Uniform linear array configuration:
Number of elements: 24
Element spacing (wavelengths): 0.5
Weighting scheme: hann
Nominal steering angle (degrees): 60
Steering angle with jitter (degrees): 59.566
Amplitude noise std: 0.05
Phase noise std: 0.05

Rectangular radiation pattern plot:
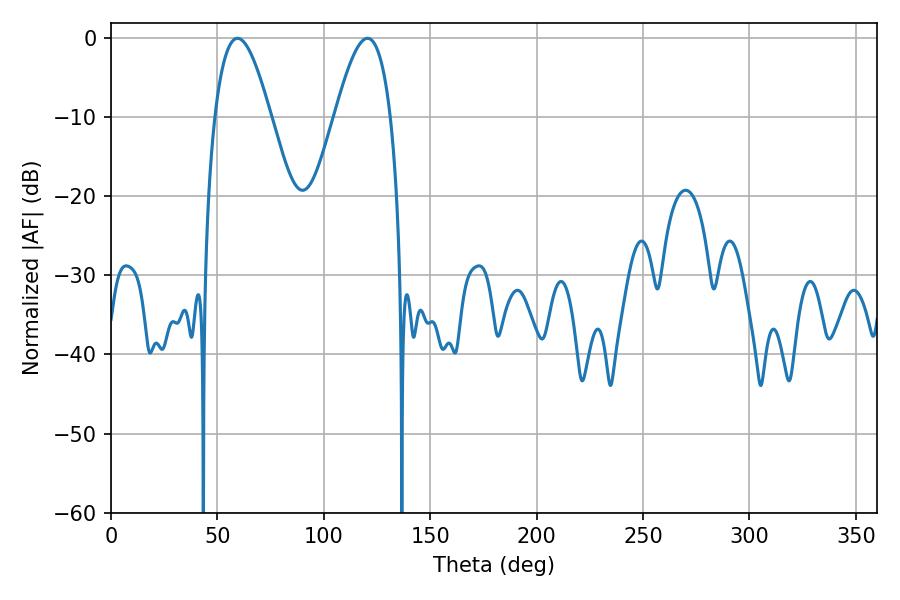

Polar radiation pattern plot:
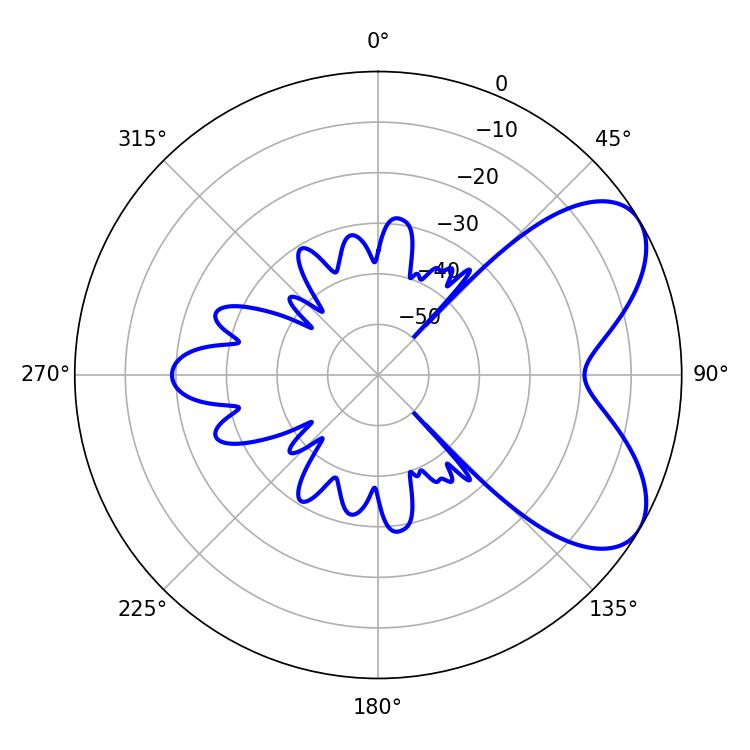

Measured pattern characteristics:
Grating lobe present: FALSE
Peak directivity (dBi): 6.288
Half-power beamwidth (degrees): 14.22
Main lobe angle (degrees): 59.4